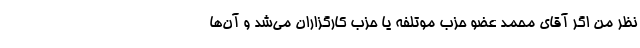
نظر من اگر آقای محمد عضو حزب موتلفه یا حزب کارگزاران می‌شد و آن‌ها